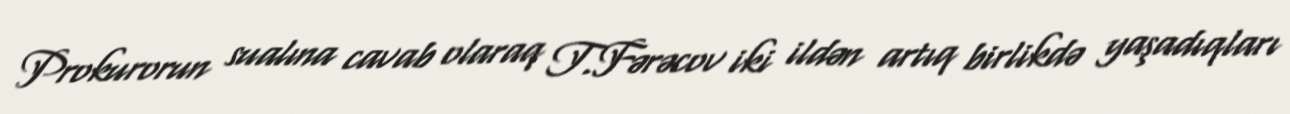
Prokurorun sualına cavab olaraq T.Fərəcov iki ildən artıq birlikdə yaşadıqları